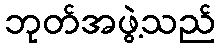
ဘုတ်အဖွဲ့သည်